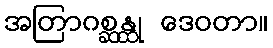
အတြာဂစ္ဆန္ထု ဒေဝတာ။